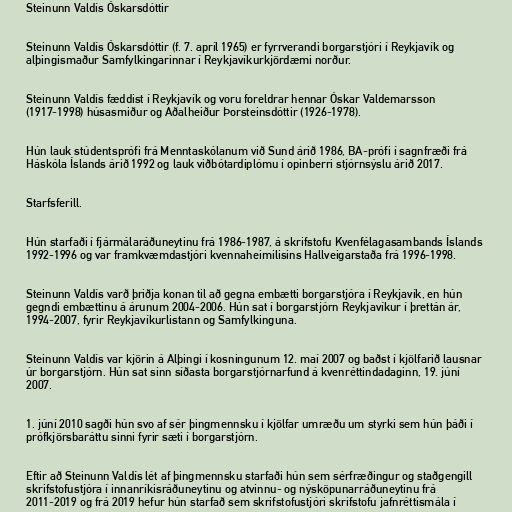
Steinunn Valdís Óskarsdóttir

Steinunn Valdís Óskarsdóttir (f. 7. apríl 1965) er fyrrverandi borgarstjóri í Reykjavík og
alþingismaður Samfylkingarinnar í Reykjavíkurkjördæmi norður.

Steinunn Valdís fæddist í Reykjavík og voru foreldrar hennar Óskar Valdemarsson
(1917-1998) húsasmiður og Aðalheiður Þorsteinsdóttir (1926-1978).

Hún lauk stúdentsprófi frá Menntaskólanum við Sund árið 1986, BA-prófi í sagnfræði frá
Háskóla Íslands árið 1992 og lauk viðbótardiplómu í opinberri stjórnsýslu árið 2017.

Starfsferill.

Hún starfaði í fjármálaráðuneytinu frá 1986-1987, á skrifstofu Kvenfélagasambands Íslands
1992-1996 og var framkvæmdastjóri kvennaheimilisins Hallveigarstaða frá 1996-1998.

Steinunn Valdís varð þriðja konan til að gegna embætti borgarstjóra í Reykjavík, en hún
gegndi embættinu á árunum 2004-2006. Hún sat í borgarstjórn Reykjavíkur í þrettán ár,
1994-2007, fyrir Reykjavíkurlistann og Samfylkinguna.

Steinunn Valdís var kjörin á Alþingi í kosningunum 12. maí 2007 og baðst í kjölfarið lausnar
úr borgarstjórn. Hún sat sinn síðasta borgarstjórnarfund á kvenréttindadaginn, 19. júní
2007.

1. júní 2010 sagði hún svo af sér þingmennsku í kjölfar umræðu um styrki sem hún þáði í
prófkjörsbaráttu sinni fyrir sæti í borgarstjórn.

Eftir að Steinunn Valdís lét af þingmennsku starfaði hún sem sér­fræðingur og stað­gengill
skrif­stofu­stjóra í innan­ríkis­ráðu­neytinu og atvinnu- og nýsköpunarráðuneytinu frá
2011-2019 og frá 2019 hefur hún starfað sem skrifstofustjóri skrifstofu jafnréttismála í